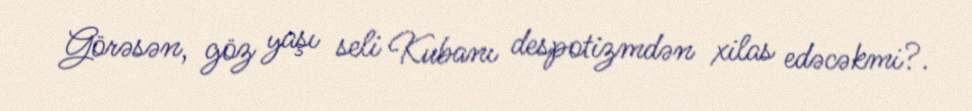
Görəsən, göz yaşı seli Kubanı despotizmdən xilas edəcəkmi?.